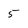
Character: 5